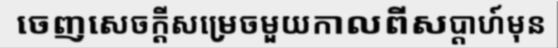
ចេញសេចក្តីសម្រេចមួយកាលពីសប្តាហ៍មុន